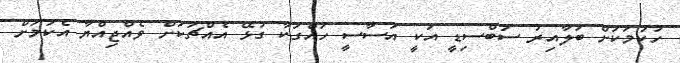
ހުކުމަކަށް ބަލާއިރު ސަބްސިޑީ އަކީ އަސާސީ ހައްގަކާ ގުޅޭ އެއްޗަކަށް ވެއްޖިއްޔާ އެކަމަށް